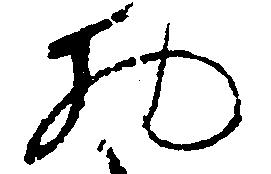
物